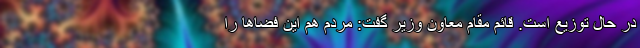
در حال توزیع است. قائم مقام معاون وزیر گفت: مردم هم این فضاها را